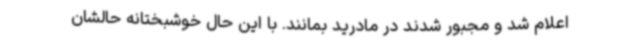
اعلام شد و مجبور شدند در مادرید بمانند. با این حال خوشبختانه حالشان